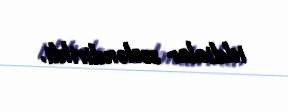
iddialar səsləndirildi.